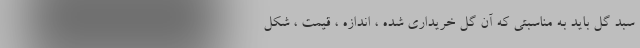
سبد گل باید به مناسبتی که آن گل خریداری شده ، اندازه ، قیمت ، شکل